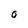
Character: O